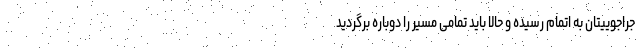
جراجوییتان به اتمام رسیده و حالا باید تمامی مسیر را دوباره برگردید